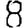
Digit: 8